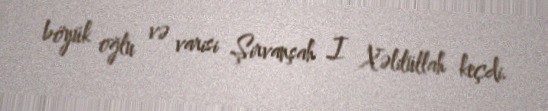
böyük oğlu və varisi Şirvanşah I Xəlilüllah keçdi.